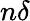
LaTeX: n\delta